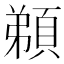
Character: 𩓂